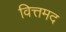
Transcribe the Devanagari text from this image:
वित्तमद